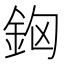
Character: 𨥸